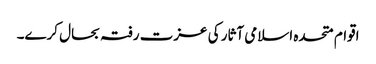
اقوام متحدہ اسلامی آثار کی عزت رفتہ بحال کرے۔